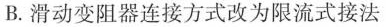
B. 滑动变阻器连接方式改为限流式接法